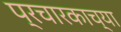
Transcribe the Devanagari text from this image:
प्रचारकाच्या